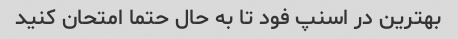
بهترین در اسنپ فود تا به حال حتما امتحان کنید